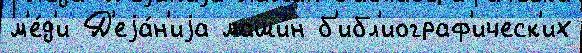
м'е́д'и Д'еjа́н'иjа маши́н б'ибл'иограф'ическ'их